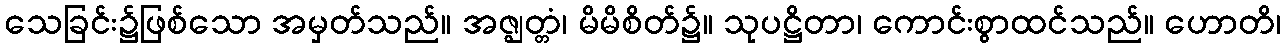
သေခြင်း၌ဖြစ်သော အမှတ်သည်။ အဇ္ဈတ္တံ၊ မိမိစိတ်၌။ သုပဋ္ဌိတာ၊ ကောင်းစွာထင်သည်။ ဟောတိ၊